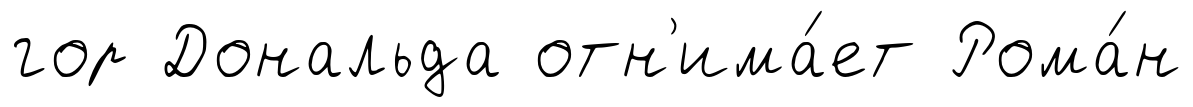
гор Дональда отн'има́ет Рома́н